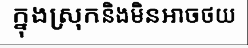
ក្នុងស្រុកនិងមិនអាចថយ